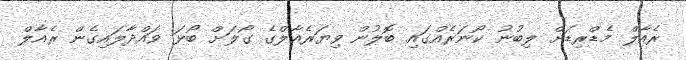
ރެއާލް މެޑްރިޑަށް ލިބުނު ކޯނަރެއްގައި ބޮލުން ވިޔަރެއާލްގެ ގޯލަށް ބޯޅަ ވައްދާލައިގެން ރެއާލް